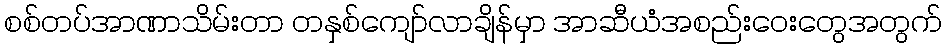
စစ်တပ်အာဏာသိမ်းတာ တနှစ်ကျော်လာချိန်မှာ အာဆီယံအစည်းဝေးတွေအတွက်